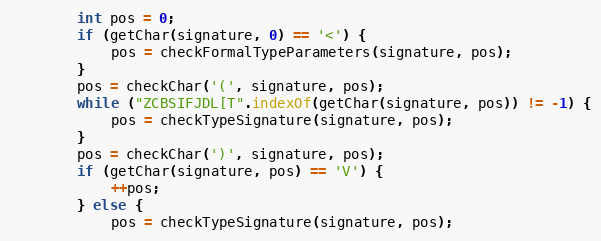
Language: Java
        int pos = 0;
        if (getChar(signature, 0) == '<') {
            pos = checkFormalTypeParameters(signature, pos);
        }
        pos = checkChar('(', signature, pos);
        while ("ZCBSIFJDL[T".indexOf(getChar(signature, pos)) != -1) {
            pos = checkTypeSignature(signature, pos);
        }
        pos = checkChar(')', signature, pos);
        if (getChar(signature, pos) == 'V') {
            ++pos;
        } else {
            pos = checkTypeSignature(signature, pos);